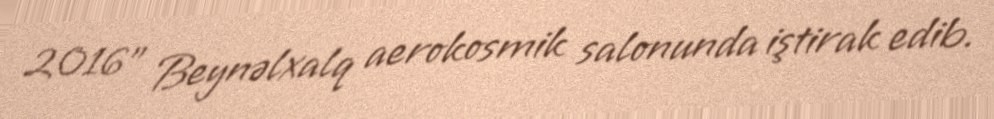
2016" Beynəlxalq aerokosmik salonunda iştirak edib.